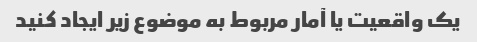
یک واقعیت یا آمار مربوط به موضوع زیر ایجاد کنید